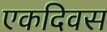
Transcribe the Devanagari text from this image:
एकदिवस